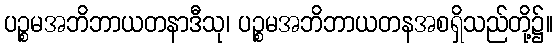
ပဉ္စမအဘိဘာယတနာဒီသု၊ ပဉ္စမအဘိဘာယတနအစရှိသည်တို့၌။